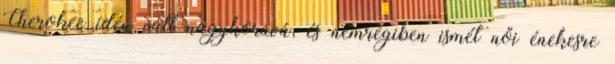
Cherokee idén vált nagykorúvá, és nemrégiben ismét női énekesre